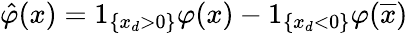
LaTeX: \hat{\varphi}(x)=1_{\{ x_{d}>0\} }\varphi(x)-1_{\{ x_{d}<0\} }\varphi(\overline{{x}})